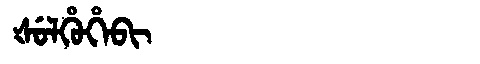
Manchu: ᡧᡠᠯᡥᡠᡥᡝᠪᡳ
Romanization: ŠULHUHEBI